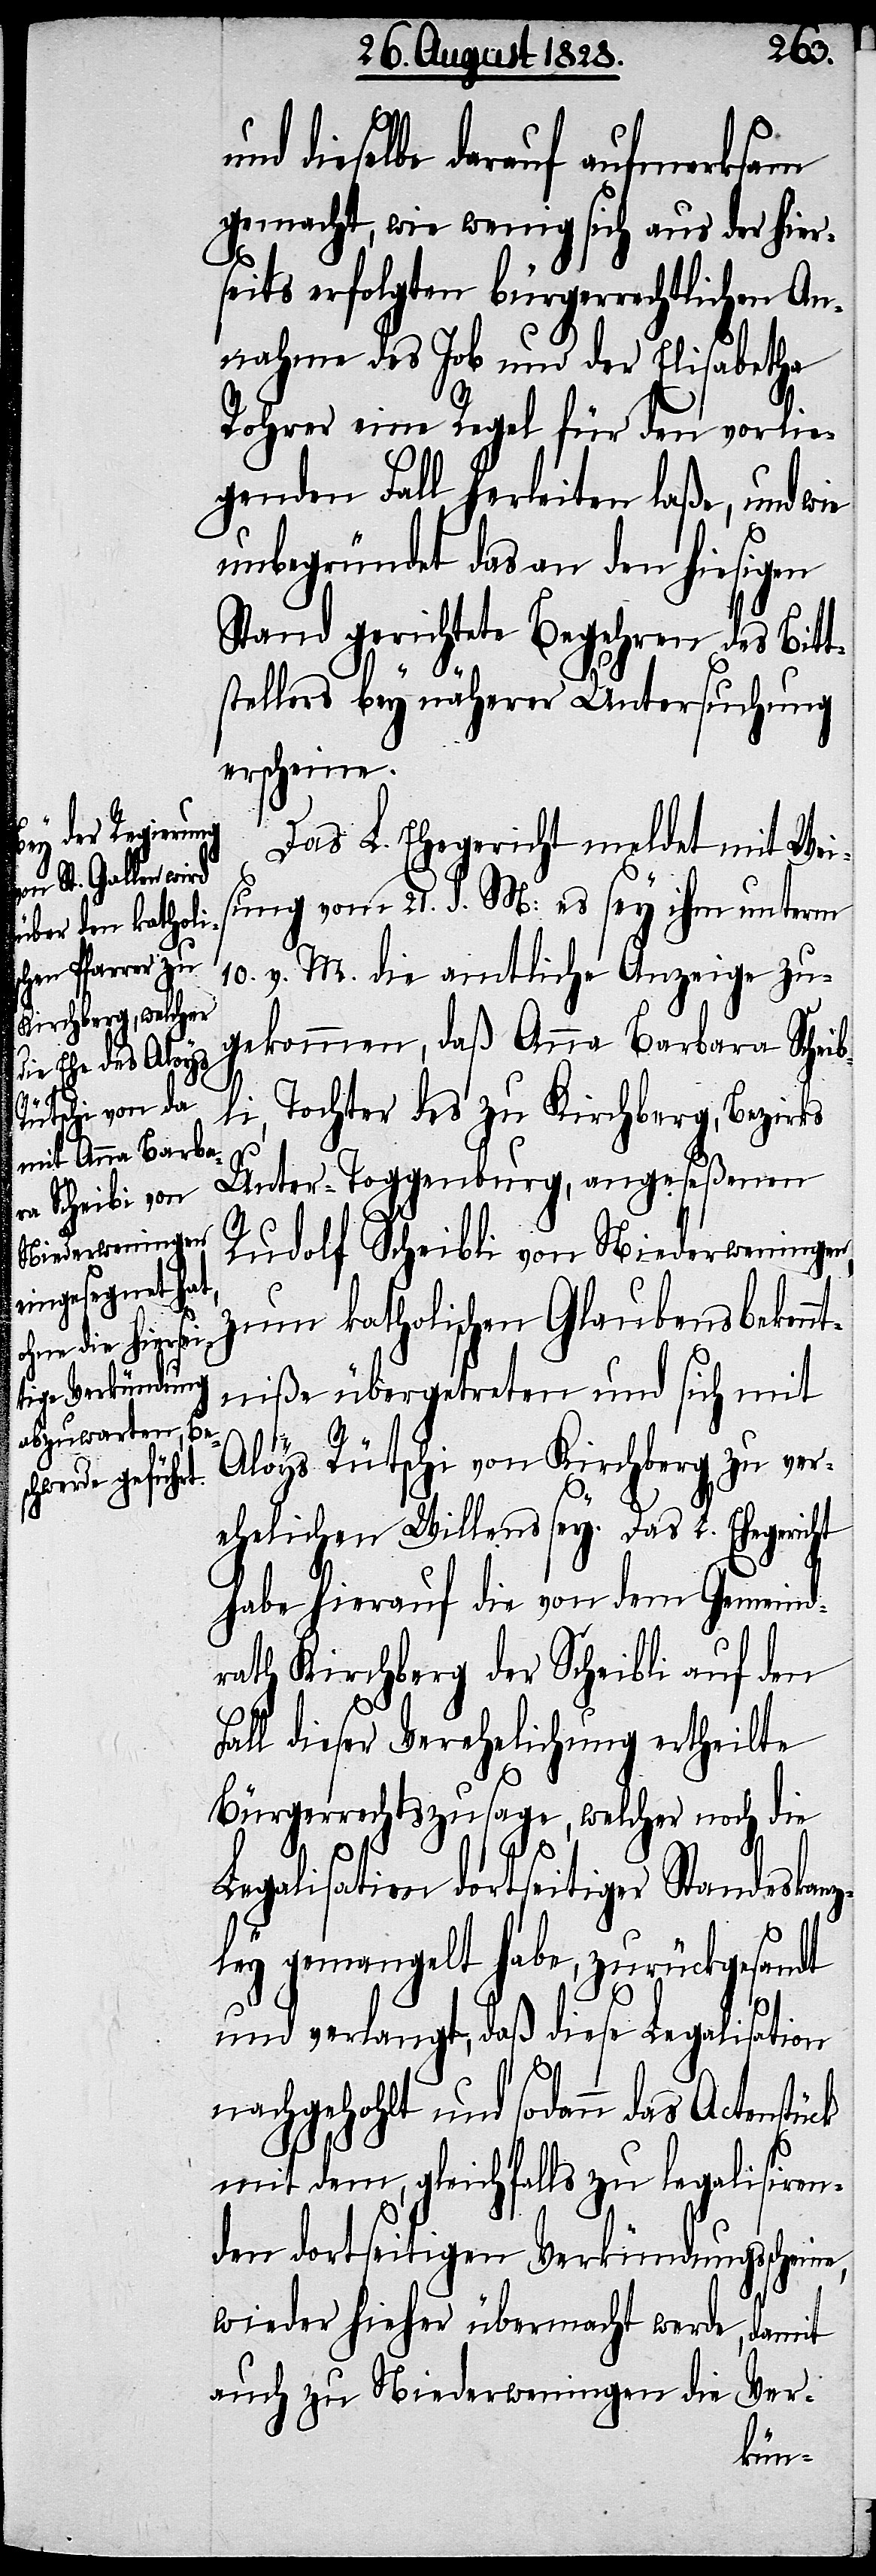
und dieselbe darauf aufmerksam
gemacht, wie wenig sich aus der hier¬
seits erfolgten bürgerlichen An¬
nahme des Job und der Elisabetha
Rohrer eine Regel für den vorlie¬
genden Fall herleiten laße, und wie
unbegründet das an den hiesigen
Stand gerichtete Begehren des Bitt¬
stellers bey näherer Untersuchung
erscheine.
Das L. Ehegericht meldet mit Wei¬
sung vom 21. d. M: es sey ihm unterm
10. v. M. die amtliche Anzeige zu¬
gekommen, daß Anna Barbara Scheib¬
li, Tochter des zu Kirchberg, Bezirks
Unter-Toggenburg, angeseßenen
Rudolf Scheibli von Niederweningen,
zum katholischen Glaubensbeken¬
ntniße übergetreten und sich mit
Aloys Rütschi von Kirchberg zu ver¬
ehelichen Willens sey. Das L. Ehegericht
habe hierauf die von dem Gemeind¬
rath Kirchberg der Scheibli auf den
Fall dieser Verehelichung ertheilte
Bürgerrechtszusage, welcher noch die
Legalisation dortseitiger Standeskanz¬
ley gemangelt habe, zurückgesandt
und verlangt, daß diese Legalisation
nachgehohlt und sodann das Actenstück
mit dem, gleichfalls zu legalisiren¬
den dortseitigen Verkündungsscheine,
wieder hieher übermacht werde, damit
auch zu Niederweningen die Ver-